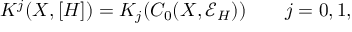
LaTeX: K ^ { j } ( X , [ H ] ) = K _ { j } ( C _ { 0 } ( X , { \mathcal E } _ { H } ) ) \qquad j = 0 , 1 ,